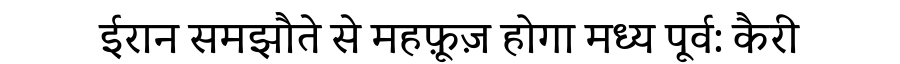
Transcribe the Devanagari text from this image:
ईरान समझौते से महफ़ूज़ होगा मध्य पूर्व: कैरी